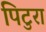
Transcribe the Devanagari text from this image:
पिटुरा